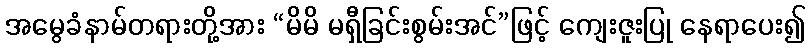
အမွေခံနာမ်တရားတို့အား “မိမိ မရှီခြင်းစွမ်းအင်”ဖြင့် ကျေးဇူးပြု နေရာပေး၍